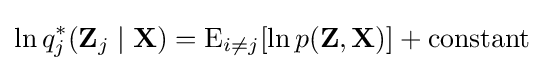
\ln q_{j}^{*}(\mathbf {Z} _{j}\mid \mathbf {X} )=\operatorname {E} _{i\neq j}[\ln p(\mathbf {Z} ,\mathbf {X} )]+{\text{constant}}